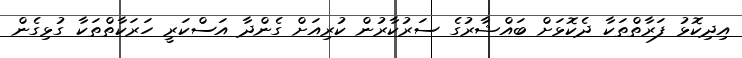
އިދިކޮޅު ފަރާތްތަކާ ދެކޮޅަށް ބައްޝާރުގެ ސަރުކާރުން ކުރިއަށް ގެންދާ އަސްކަރީ ހަރަކާތްތަކާ ގުޅިގެން